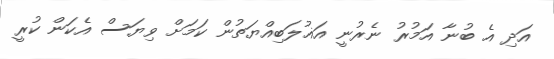
އަދި އެ ބުނާ އަމުރު ނެރުނީ އަޣުލަބިއްޔަތުން ކަމަށް ވިޔަސް އެކަން ކުރީ